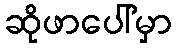
ဆိုဖာပေါ်မှာ